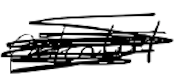
Text: potential
Cross-out: scratch
Writing tool: digital_black